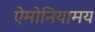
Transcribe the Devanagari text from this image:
ऐमोनियामय